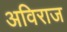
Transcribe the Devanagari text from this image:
अविराज